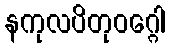
နကုလပိတုဝဂ္ဂေါ